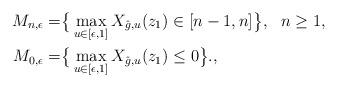
LaTeX: \begin{align*}M_{n,\epsilon}= &\big\{\max_{u\in[\epsilon,1]} X_{\hat{g},u}(z_1) \in [n-1,n]\big\},\,\,\,\,n\geq 1,\\M_{0,\epsilon}= &\big\{\max_{u\in[\epsilon,1]} X_{\hat{g},u}(z_1) \leq 0\big\}.,\end{align*}